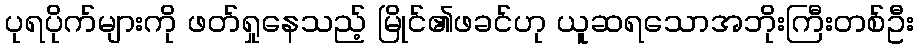
ပုရပိုက်များကို ဖတ်ရှုနေသည့် မြိုင်၏ဖခင်ဟု ယူဆရသောအဘိုးကြီးတစ်ဦး